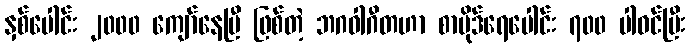
နှစ်ပေါင်း ၂၀၀၀ ကျော်နေပြီ ဖြစ်တဲ့ ဘဂဝါဂီတဟာ စာပိုဒ်ရေပေါင်း ၇၀၀ ပါဝင်ပြီး